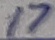
Text: 17